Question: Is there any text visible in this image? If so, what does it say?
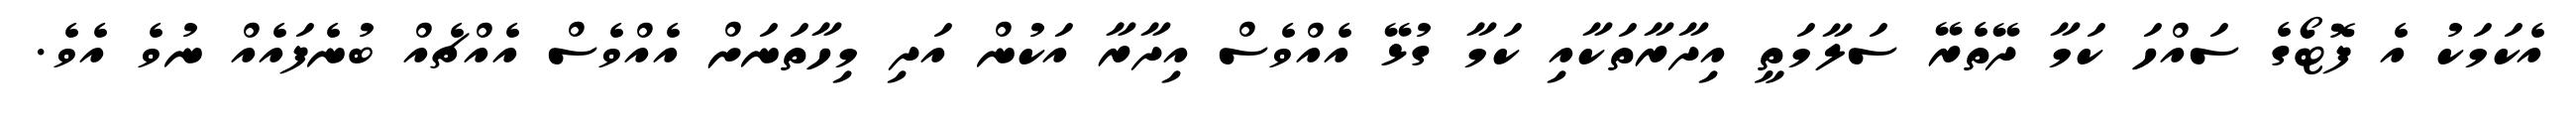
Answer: އެކަމަކު އެ ފޮޓޯގެ ސައްހަ ކަމާ ދޭތެރޭ ސަލާމަތީ އިދާރާތަކާއި ކަމާ ގުޅޭ އެއްވެސް އިދާރާ އަކުން އަދި މިހާތަނަށް އެއްވެސް އެއްޗެއް ބުނެފައެއް ނުވެ އެވެ.